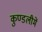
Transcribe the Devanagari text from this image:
कुण्डलीमें